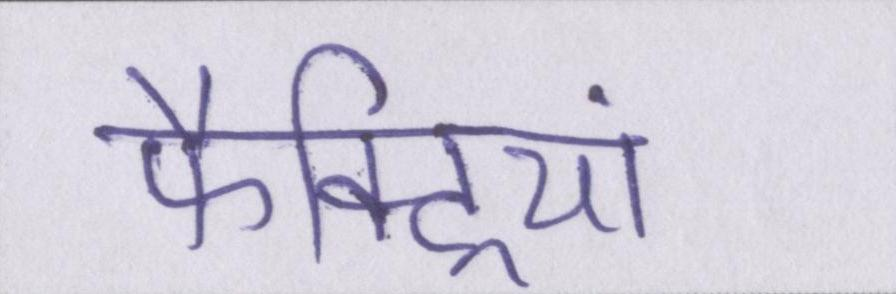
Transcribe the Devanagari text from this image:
फैक्ट्रियां